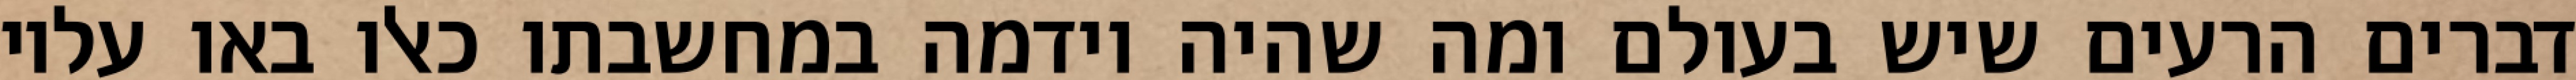
דברים הרעים שיש בעולם ומה שהיה וידמה במחשבתו כאלו באו עליו